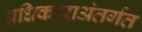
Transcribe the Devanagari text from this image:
अधिकाराअंतर्गत